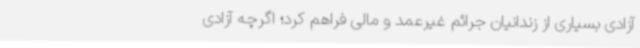
آزادی بسیاری از زندانیان جرائم غیرعمد و مالی فراهم کرد؛ اگرچه آزادی